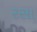
રસા